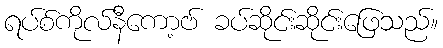
ရပ်စ်ကိုလ်နီကော့ဗ် ခပ်ဆိုင်းဆိုင်းဖြေသည်။